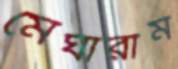
মেঘারাম